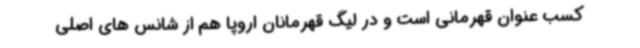
کسب عنوان قهرمانی است و در لیگ قهرمانان اروپا هم از شانس های اصلی